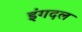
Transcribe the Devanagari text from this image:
इंगदल